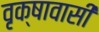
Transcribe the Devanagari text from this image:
वृक्षावासी